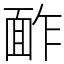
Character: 䩆